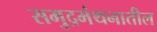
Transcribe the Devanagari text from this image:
समुद्रमंथनातील